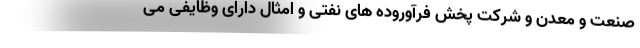
صنعت و معدن و شرکت پخش فرآوروده های نفتی و امثال دارای وظایفی می